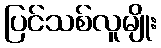
ပြင်သစ်လူမျိုး